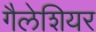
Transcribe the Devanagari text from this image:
गैलेशियर